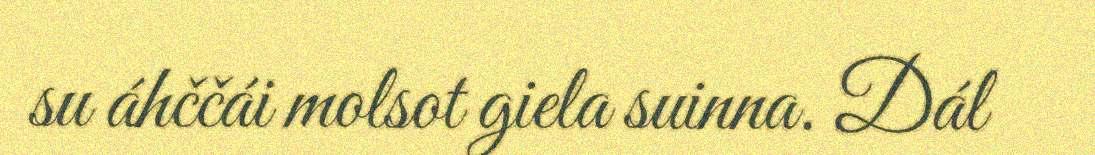
su áhččái molsot giela suinna. Dál